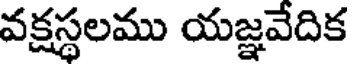
వక్షస్థలము యజ్ఞవేదిక